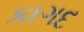
કાગદ